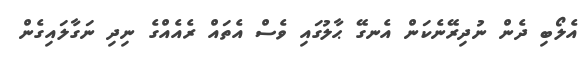
އެލޯބި ދެން ނުދިރޭނެކަން އެނގޭ ޙާލުގައި ވެސް އެތައް ރެއެއްގެ ނިދި ނަގާލައިގެން